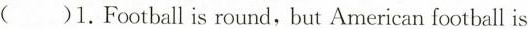
()1.Football is round,but American football is